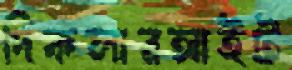
দিকলারআইট